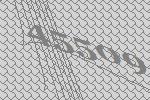
45509